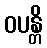
ဝပန္တိ